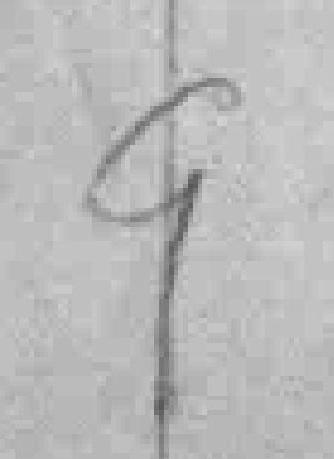
9